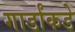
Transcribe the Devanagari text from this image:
गार्डांकडे